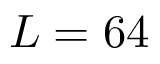
L = 6 4